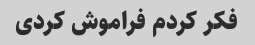
فکر کردم فراموش کردی